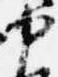
中